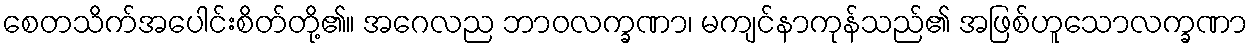
စေတသိက်အပေါင်းစိတ်တို့၏။ အဂေလည ဘာဝလက္ခဏာ၊ မကျင်နာကုန်သည်၏ အဖြစ်ဟူသောလက္ခဏာ